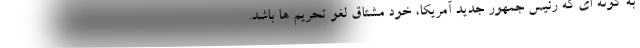
به گونه ای که رئیس جمهور جدید آمریکا، خود مشتاق لغو تحریم ها باشد.